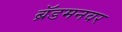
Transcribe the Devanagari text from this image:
ब्रॅडमनवर